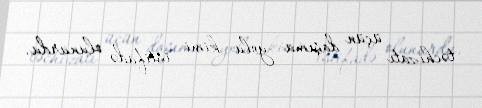
təchizatı üçün daşıma yolu kimi istifadə olunurdu.